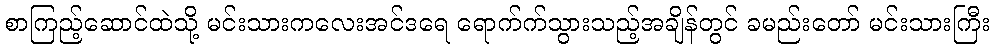
စာကြည့်ဆောင်ထဲသို့ မင်းသားကလေးအင်ဒရေ ရောက်က်သွားသည့်အချိန်တွင် ခမည်းတော် မင်းသားကြီး